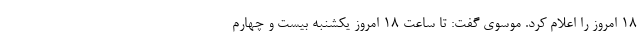
۱۸ امروز را اعلام کرد. موسوی گفت: تا ساعت ۱۸ امروز یکشنبه بیست و چهارم